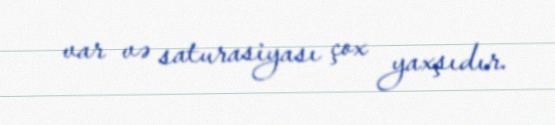
var və saturasiyası çox yaxşıdır.